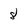
Character: 8